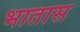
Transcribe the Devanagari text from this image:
भातास